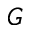
G